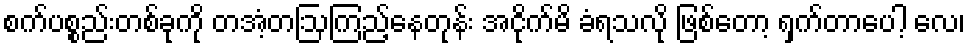
စက်ပစ္စည်းတစ်ခုကို တအံ့တဩကြည့်နေတုန်း အငိုက်မိ ခံရသလို ဖြစ်တော့ ရှက်တာပေါ့ လေ၊